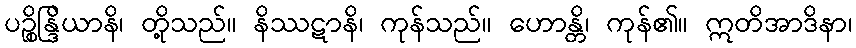
ပဉ္စိန္ဒြိယာနိ၊ တို့သည်။ နိဿဋာနိ၊ ကုန်သည်။ ဟောန္တိ၊ ကုန်၏။ ဣတိအာဒိနာ၊